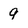
Character: 9